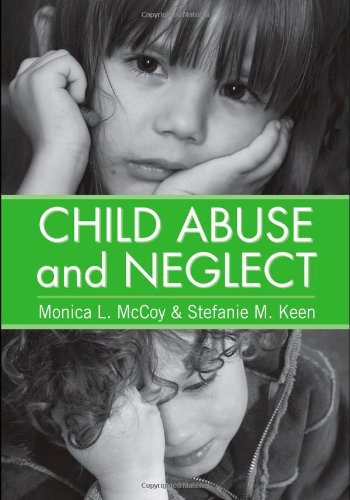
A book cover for Child Abuse and Neglect; Monica L. McCoy; Law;